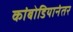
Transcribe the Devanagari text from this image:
कांबोडियानंतर